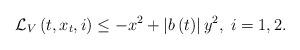
LaTeX: \begin{align*}\mathcal{L}_{V}\left( t,x_{t},i\right) \leq-x^{2}+\left \vert b\left(t\right) \right \vert y^{2},\;i=1,2. \end{align*}